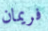
فريمان